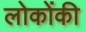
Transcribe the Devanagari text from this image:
लोकोंकी